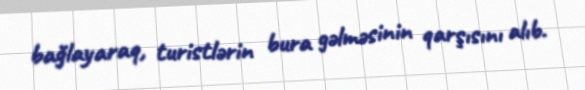
bağlayaraq, turistlərin bura gəlməsinin qarşısını alıb.